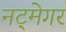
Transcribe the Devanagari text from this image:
नट्मेगर